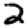
Digit: 2